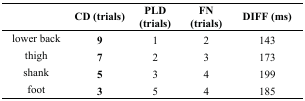
<table><thead><tr><td></td><td><b>CD (trials)</b></td><td><b>PLD (trials)</b></td><td><b>FN (trials)</b></td><td><b>DIFF (ms)</b></td></tr></thead><tbody><tr><td>lower back</td><td><b>9</b></td><td>1</td><td>2</td><td>143</td></tr><tr><td>thigh</td><td><b>7</b></td><td>2</td><td>3</td><td>173</td></tr><tr><td>shank</td><td><b>5</b></td><td>3</td><td>4</td><td>199</td></tr><tr><td>foot</td><td><b>3</b></td><td>5</td><td>4</td><td>185</td></tr></tbody></table>